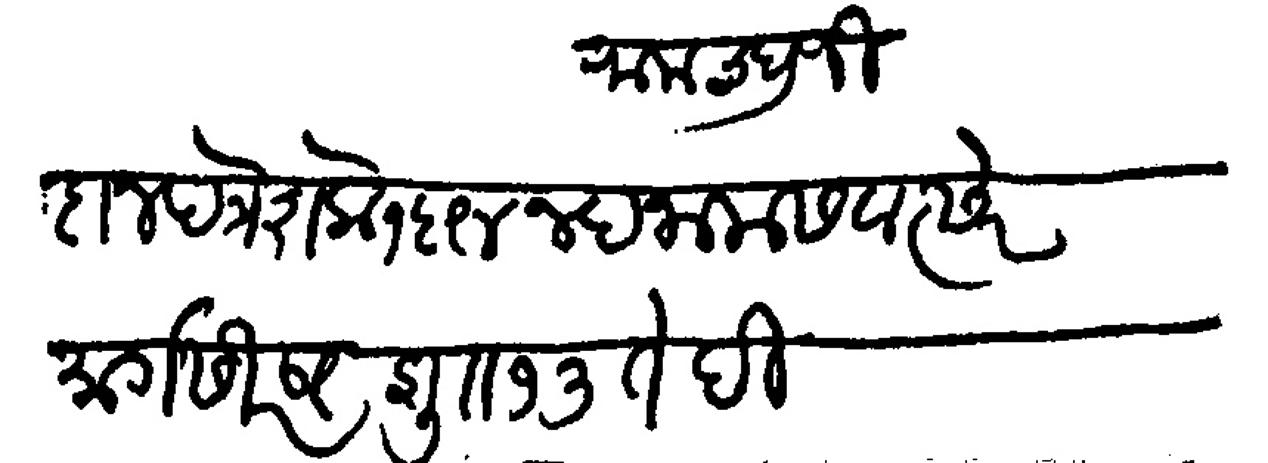
Transliteration (Devanagari): रामचंद्रजी दानपत्र शके १६९४ नंदनाम संवत्सरे मार्गसीर्ष श्रु १३ ते दिवसी